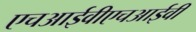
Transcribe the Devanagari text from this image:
एचआईवीएचआईवी